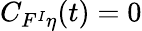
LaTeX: C_{F^{I}\eta}(t)=0